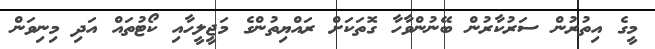
މީގެ އިތުރުން ސަރުކާރުން ބޭނުންވާހާ ގޮތަކަށް ރައްޔިތުންގެ މަޖީލީހާއި ކޯޓުތައް އަދި މިނިވަން